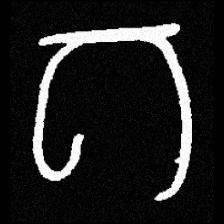
Pyu character \u2014 Myanmar letter: ဂ (romanized: ga)